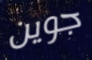
جوين